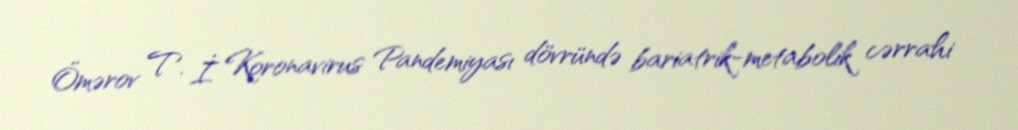
Ömərov T. İ. Koronavirus Pandemiyası dövründə bariatrik-metabolik cərrahi